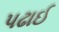
પઢાઈ